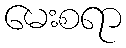
မေးစရာ